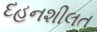
દહનશીલત